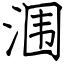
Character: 涠